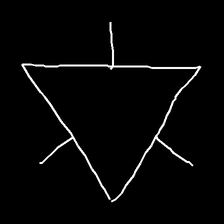
Glyph: fire